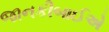
જાનકીબાઈએ